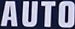
AUTO